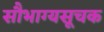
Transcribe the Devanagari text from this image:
सौभाग्यसूचक